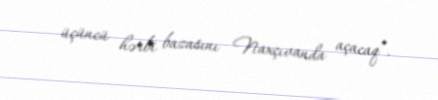
üçüncü hərbi bazasını Naxçıvanda açacaq”.